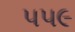
૫૫૯